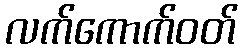
လက်ကောက်ဝတ်